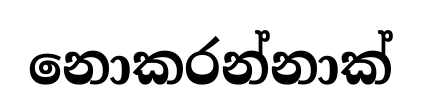
නොකරන්නාක්